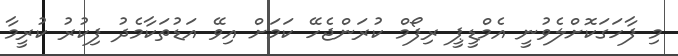
މި ފާހަގަކޮށްލެވުނީ އެމްޑީޕީ ރިފޯމް ކުރަންޖެހޭ ކަމަށް އިވޭ އަޑުތަކާމެދު ފިކުރު ކުރީމާ